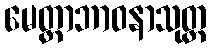
မေတ္တာဘာဝနာသုတ္တ